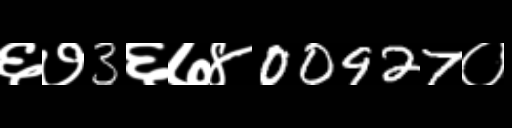
Text: ६७3६७४00927०